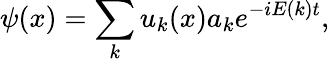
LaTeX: \psi(x)=\sum_{k}u_{k}(x)a_{k}e^{-iE(k)t},